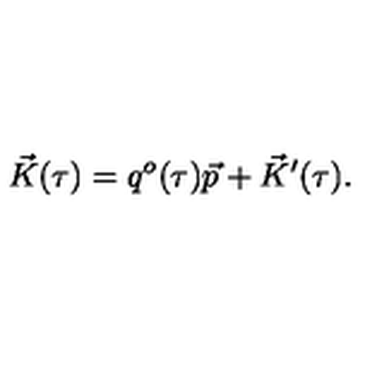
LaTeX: \vec { K } ( \tau ) = q ^ { o } ( \tau ) \vec { p } + \vec { K } ^ { \prime } ( \tau ) .